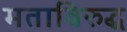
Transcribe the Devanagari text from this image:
मताविरुद्ध